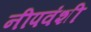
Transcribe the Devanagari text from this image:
नीपवंशी